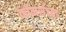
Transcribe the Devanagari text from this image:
कॉमर्सच्या